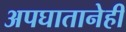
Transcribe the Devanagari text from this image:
अपघातानेही